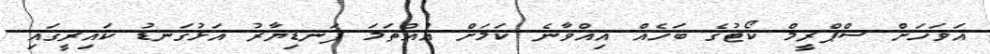
އަވަހަށް ސްޕްރީމް ކޯޓުގެ ބަހެއް އިއްވާނެ ކަމަށް އުއްތަމަ ފަނޑިޔާރު އަޅުގަނޑު ކައިރީގައި